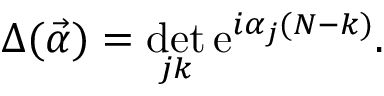
\Delta ( \vec { \alpha } ) = \operatorname * { d e t } _ { j k } \mathrm { e } ^ { i \alpha _ { j } ( N - k ) } .